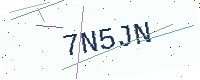
Text: 7N5JN